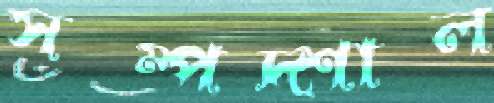
সম্পদ্‌শাল